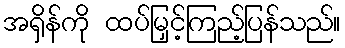
အရှိန်ကို ထပ်မြှင့်ကြည့်ပြန်သည်။